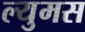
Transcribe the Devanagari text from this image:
ल्युमस